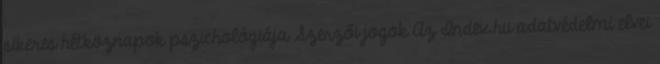
sikeres hétköznapok pszichológiája Szerzői jogok Az Index.hu adatvédelmi elvei